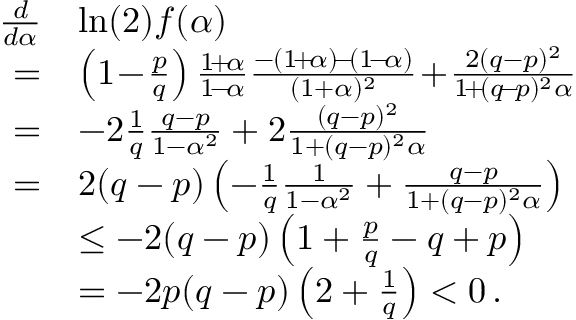
\begin{array} { r l } { \frac { d } { d \alpha } } & { \ln ( 2 ) f ( \alpha ) } \\ { = } & { \left( 1 \! - \! \frac { p } { q } \right) \frac { 1 \! + \! \alpha } { 1 \! - \! \alpha } \frac { - ( 1 \! + \! \alpha ) \! - \! ( 1 \! - \! \alpha ) } { ( 1 + \alpha ) ^ { 2 } } \! + \! \frac { 2 ( q - p ) ^ { 2 } } { 1 \! + \! ( q \! - \! p ) ^ { 2 } \alpha } } \\ { = } & { - 2 \frac { 1 } { q } \frac { q - p } { 1 - \alpha ^ { 2 } } + 2 \frac { ( q - p ) ^ { 2 } } { 1 + ( q - p ) ^ { 2 } \alpha } } \\ { = } & { 2 ( q - p ) \left( - \frac { 1 } { q } \frac { 1 } { 1 - \alpha ^ { 2 } } + \frac { q - p } { 1 + ( q - p ) ^ { 2 } \alpha } \right) } \\ & { \le - 2 ( q - p ) \left( 1 + \frac { p } { q } - q + p \right) } \\ & { = - 2 p ( q - p ) \left( 2 + \frac { 1 } { q } \right) < 0 \, . } \end{array}